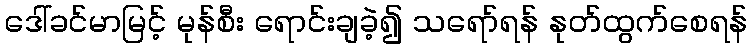
ဒေါ်ခင်မာမြင့် မုန်စီး ရောင်းချခဲ့၍ သရော်ရန် နုတ်ထွက်စေရန်